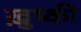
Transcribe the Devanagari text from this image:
ख़ुष्की